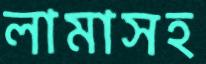
লামাসহ